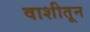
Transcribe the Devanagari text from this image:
वाशीतून